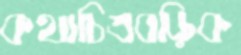
কথাচিত্রবড়িক